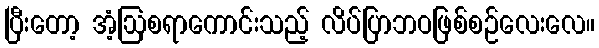
ပြီးတော့ အံ့ဩစရာကောင်းသည့် လိပ်ပြာဘဝဖြစ်စဉ်လေးလေ။